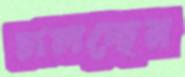
চালচ্ছেন